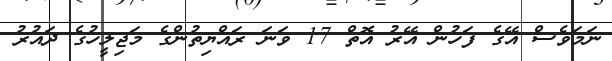
ނަމަވެސް އޭގެ ފަހުން އޭރު އޮތް 17 ވަނަ ރައްޔިތުންގެ މަޖިލީހުގެ ދައުރު